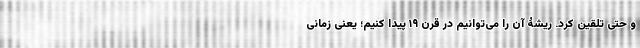
و حتی تلقین کرد. ریشۀ آن را می‌توانیم در قرن ۱۹ پیدا کنیم؛ یعنی زمانی